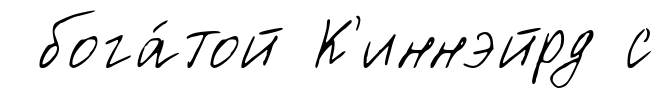
бога́той К'иннэйрд с